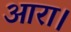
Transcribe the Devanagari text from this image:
आरा।